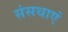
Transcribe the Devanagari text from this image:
संसथाएं